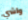
واشي